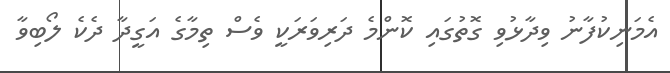
އެމަނިކުފާނު ވިދާޅުވި ގޮތުގައި ކޮންމެ ދަރިވަރަކީ ވެސް ތިމާގެ އަގީދާ ދެކެ ލޯބިވާ